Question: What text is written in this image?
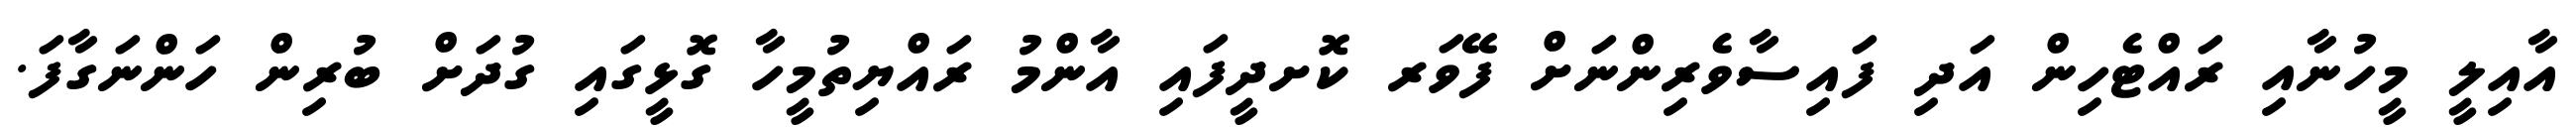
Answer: އާއިލީ މީހުނާއި ރައްޓެހިން އަދި ފައިސާވެރިންނަށް ފޭވަރ ކޮށދީފައި އާންމު ރައްޔިތުމީހާ ގޮޅީގައި ގުދަށް ބުރިން ހަންނަގާފަ.